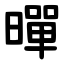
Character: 暺